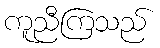
ကူညီကြသည်